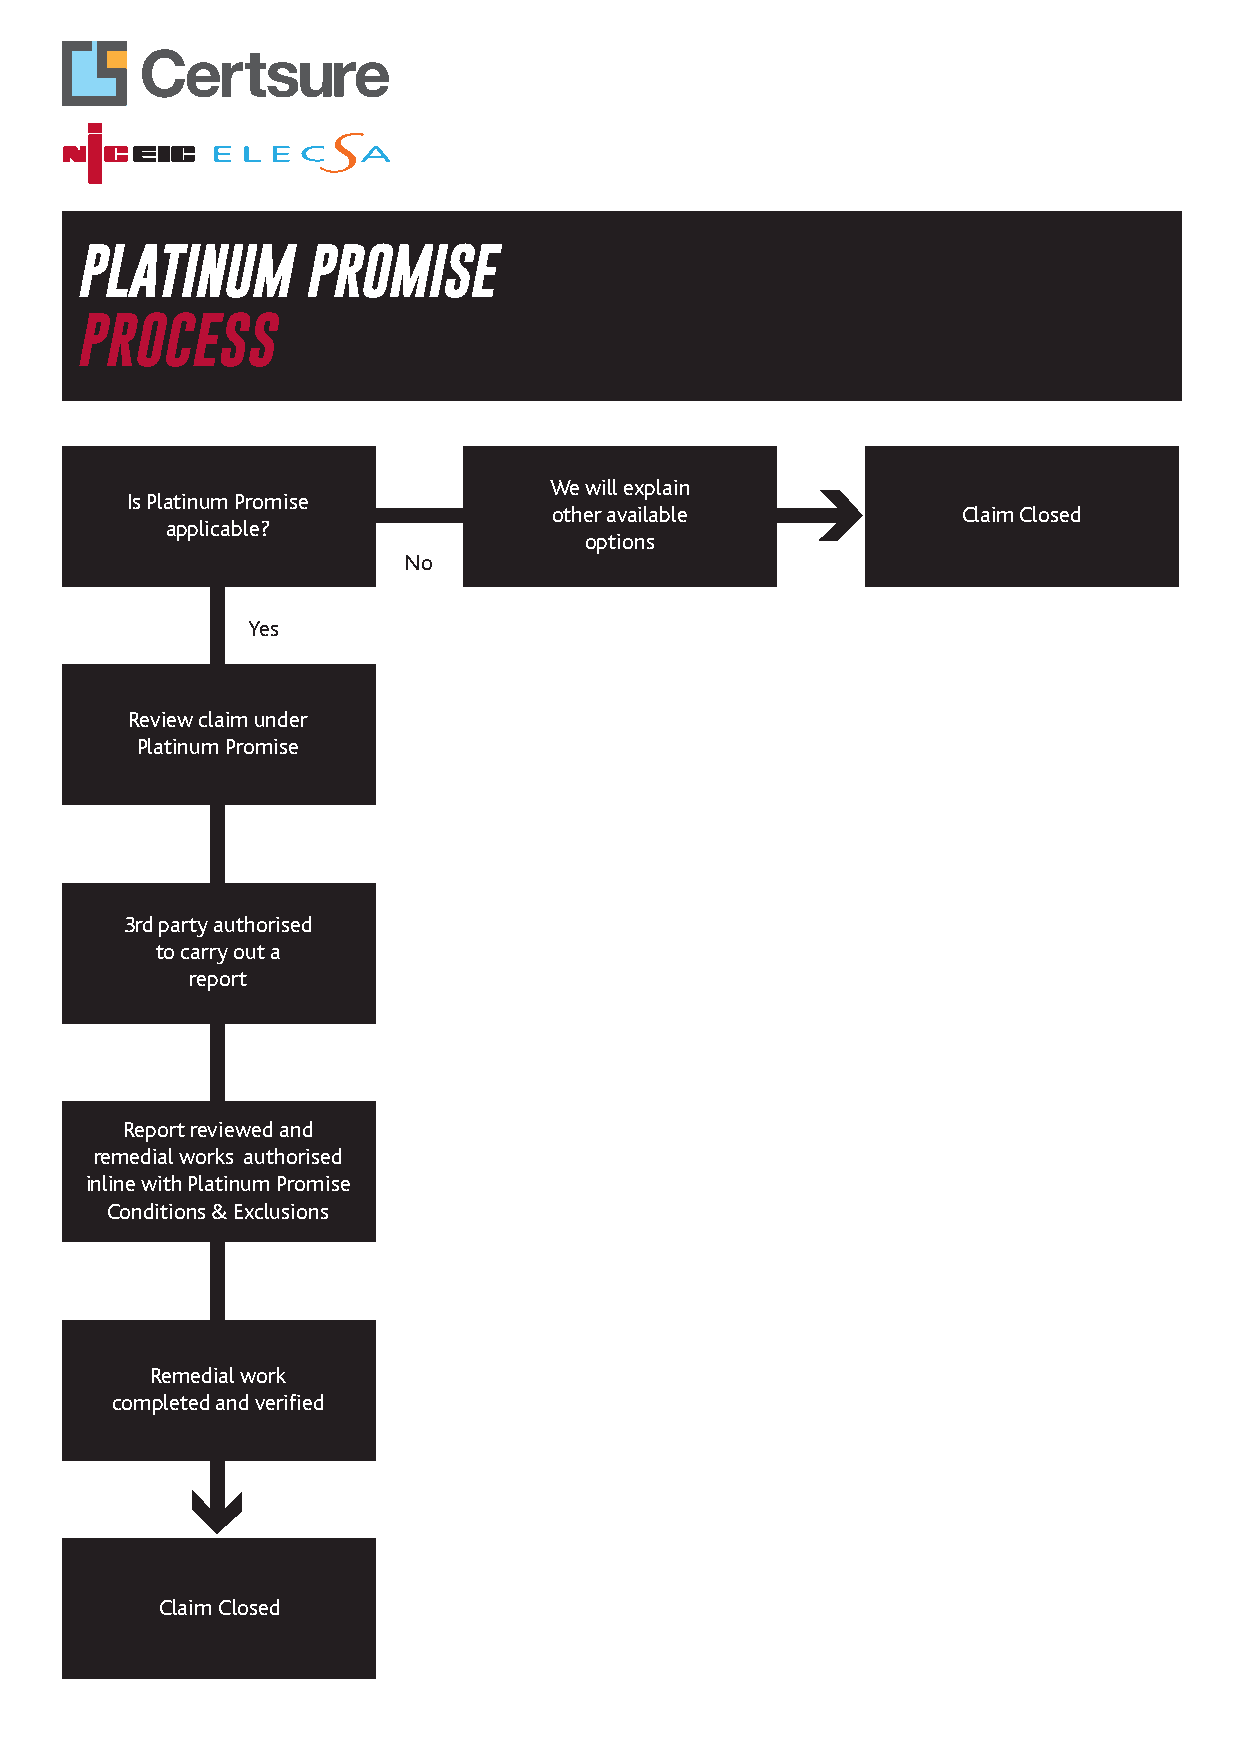
PLATINUM       PROMISE
 PROCESS
 We will explain
 Is Platinum Promise
 other available            Claim Closed
 applicable?
 options
 No
 Yes
 Review claim under
 Platinum Promise
 3rd party authorised
 to carry out a
 report
 Report reviewed and
 remedial works authorised
 inline with Platinum Promise
 Conditions & Exclusions
 Remedial work
 completed and verified
 Claim Closed